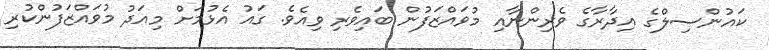
ކައުންސިލްގެ އިދާރާގެ ވެރިންނާއި މުވައްޒަފުން ބައިވެރި ވިއެވެ. ގައު އެޅުމަށް މިއަދު މުވައްޒަފުންކުރި